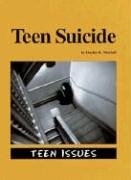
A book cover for Teen Suicide (Teen Issues (Greenhaven)); Hayley R. Mitchell; Teen & Young Adult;